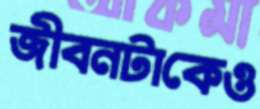
জীবনটাকেও